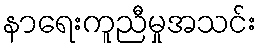
နာရေးကူညီမှုအသင်း